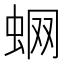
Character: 蛧